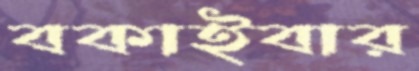
বকাইবার